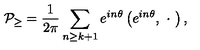
{ \cal P } _ { \geq } = \frac 1 { 2 \pi } \sum _ { n \geq k + 1 } e ^ { i n \theta } \left( e ^ { i n \theta } , \ \cdot \ \right) ,